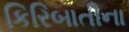
કિરિબાતીના